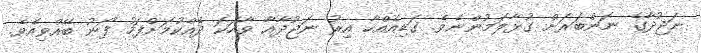
ނަޖުދާގެ ނަންބަރަށް ގުޅާލަމުންނެވެ. ގަޑިއެއްހާ އިރު ނަޖުދާއާ ވާހަކަ ދެއްކުމަށްފަހު ފޯނު ބޭއްވިއެވެ.